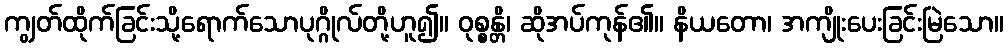
ကျွတ်ထိုက်ခြင်းသို့ရောက်သောပုဂ္ဂိုလ်တို့ဟူ၍။ ဝုစ္စန္တိ၊ ဆိုအပ်ကုန်၏။ နိယတော၊ အကျိုးပေးခြင်းမြဲသော။